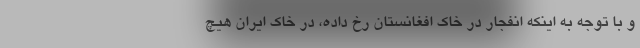
و با توجه به اینکه انفجار در خاک افغانستان رخ داده، در خاک ایران هیچ